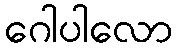
ဂေါပါလော